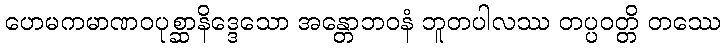
ဟေမကမာဏဝပုစ္ဆာနိဒ္ဒေသော အန္တောဘဝနံ ဘူတပါလဿ တပ္ပဝတ္တိ တဿေ